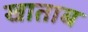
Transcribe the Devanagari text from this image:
खाताब